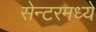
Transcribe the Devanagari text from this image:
सेन्टरमध्ये